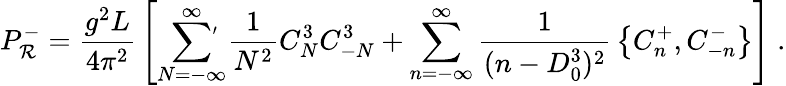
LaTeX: P_{\mathcal{R}}^{-}={\frac{{g^{2}L}}{{4\pi^{2}}}}\left[\sum_{N=-\infty}^{\infty}\! \! \! \! {}^{\stackrel{\prime}{}}\thinspace\thinspace{\frac{{1}}{{N^{2}}}}C_{N}^{3}C_{-N}^{3}+\sum_{n=-\infty}^{\infty}{\frac{{1}}{{(n-D_{0}^{3})^{2}}}}\left\{ C_{n}^{+},C_{-n}^{-}\right\} \right]\; .